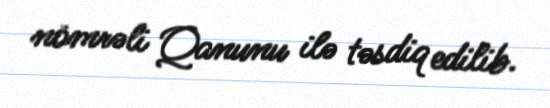
nömrəli Qanunu ilə təsdiq edilib.